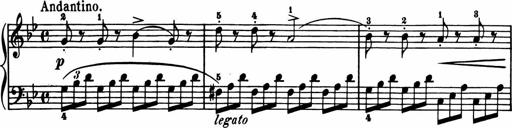
Title: 11 Sonatinas for Piano Solo
Composer: Anton Diabelli